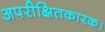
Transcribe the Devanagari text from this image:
अपरीक्षितकारक।